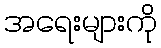
အရေးများကို